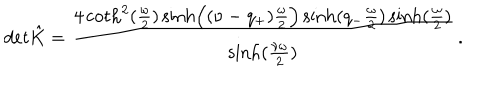
LaTeX: d e t \hat { K } = { \frac { 4 \coth ^ { 2 } ( { \frac { \omega } { 2 } } ) \sinh \Bigl ( ( \nu - q _ { + } ) { \frac { \omega } { 2 } } \Bigr ) \sinh ( q _ { - } { \frac { \omega } { 2 } } ) \sinh ( { \frac { \omega } { 2 } } ) } { \sinh ( { \frac { \nu \omega } { 2 } } ) } } \, .